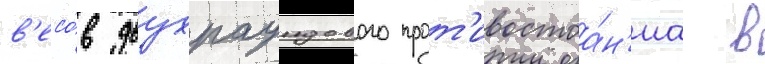
в'есо́в двухраундового прот'ивостоа́н'иа в